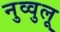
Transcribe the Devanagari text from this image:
नुव्वुलू